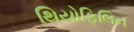
થિયોફિલિન